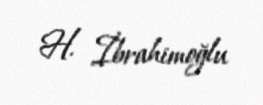
H. İbrahimoğlu